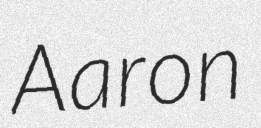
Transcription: Aaron